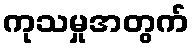
ကုသမှုအတွက်